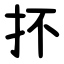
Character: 抔